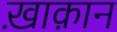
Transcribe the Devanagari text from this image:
ख़ाक़ान